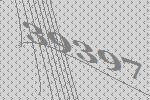
39397